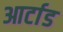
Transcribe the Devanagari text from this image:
आर्टाड